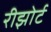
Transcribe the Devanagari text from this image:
रीझोर्ट